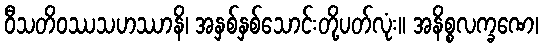
ဝီသတိဝဿသဟဿာနိ၊ အနှစ်နှစ်သောင်းတို့ပတ်လုံး။ အနိစ္စလက္ခဏေ၊